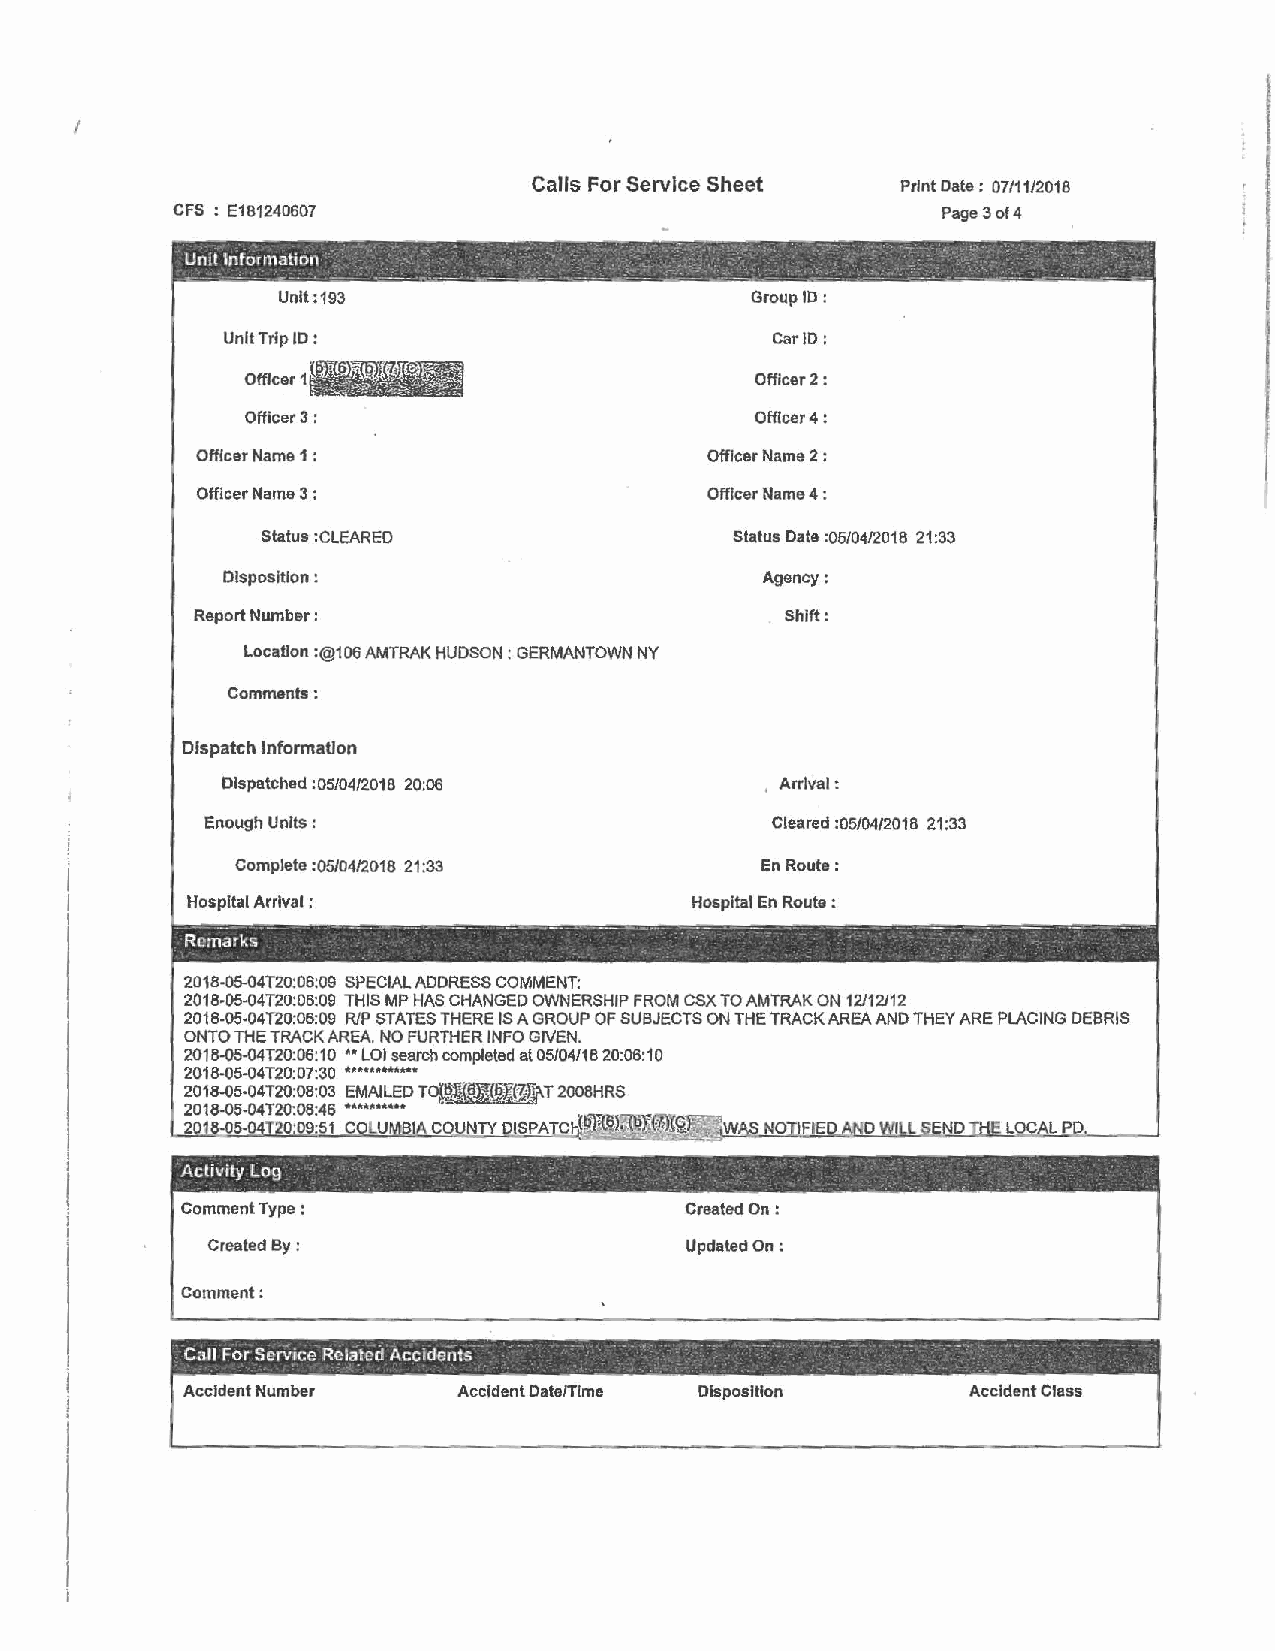
I
 I
 I
 Calls For Service Sheet Print Date: 07/11/2018
 CFS : E181240607                                   Page 3 of 4
 Unit :193                      Group ID:
 Unit Trip ID :                       Car ID:
 Officer 1                         Officer 2:
 Officer 3:                        Officer 4:
 Officer Name 1 :                 Officer Name 2 :
 Officer Name 3 :                 Officer Name 4 :
 Status :CLEARED                Status Date :05/04/2018 21:33
 Disposition :                       Agency:
 Report Number :                        Shift:
 Location :@100 AMTRAK HUDSON: GERMANTOWN NY
 Comments:
 Dispatch Information
 Dispatched :05/04/2018 20:06        , Arrival:
 Enough Units :                        Cleared :05/04/2018 21:33
 Complete :05/04/2018 21 :33        En Route:
 Hospital Arrival :               Hospital En Route :
 R- em- a·- rks ·- - -- . -·· ~ -- -- --· -·---"'- ·-~-,-· ----... ~-- . - ~ ,- - . . -. - .- -· - --- - ·- - -
 2018-05--04T20:06:09 SPECIAL ADDRESS COMMENT:
 2018-05-04T20:06:09 THIS MP HAS CHANGED OWNERSHIP FROM CSX TO AMTRAK ON 12/12/12
 2018-05-04T20:06:09 RIP STATES THERE IS A GROUP OF SUBJECTS ON THE TRACK AREA AND THEY ARE PLACING DEBRIS
 ONTO THE TRACK AREA NO FURTHER INFO GIVEN,
 · 2018-05-04T20:06:10 •• LOI search completed at 05/04/18 20:06:10
 2018-05-04T20:07:30 ............
 2018-05-04120:08:03 EMAILED TO~JE(@i@~T 2008HRS
 2018-05-04T20:08:46 •••u••••• ·- """' _ ~
 2 8-05-04 20'09.:51 COLU BIA COUNTY DlSPATCr~!?!~}~ ~ w S NO JFIE E LOCAL PD.
 -
 ·Activity Log ·
 .  '   .
 Comment Type :                   Created On:
 Created By:                     Updated On;
 Comment:
 Call For Service Related Accidents - . . . . ... .. : , --· . . -.
 Accident Number   Accident Date/Time Disposition    Accident Class